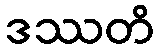
ဒဿတိ